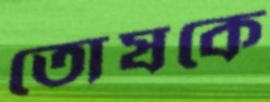
তোষকে